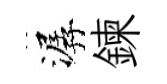
潺鍊